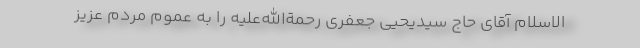
الاسلام آقای حاج سیدیحیی جعفری رحمة‌الله‌علیه را به عموم مردم عزیز